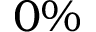
0 \%